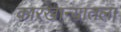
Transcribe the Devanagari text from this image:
कारखान्यातला